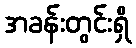
အခန်းတွင်းရှိ